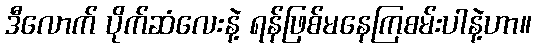
ဒီလောက် ပိုက်ဆံလေးနဲ့ ရန်ဖြစ်မနေကြစမ်းပါနဲ့ဟာ။